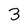
Character: 3